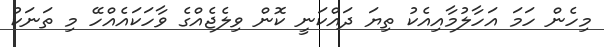
މިހެން ހަމަ އަހާލުމާއިއެކު ތިޔަ ދައްކަނީ ކޮން ވިލެޖެއްގެ ވާހަކައެއްހޭ މި ތަނަކު